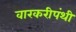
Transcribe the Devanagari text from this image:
वारकरीपंथी